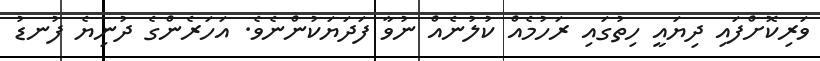
ވަރިކޮށްފައި ދިޔައީ ހިތުގައި ރަހުމެއް ކުލުނެއް ނުވާ ފަދަޔަކުންނެވެ. އަހަރެންގެ ދުނިޔެ ފުނޑު